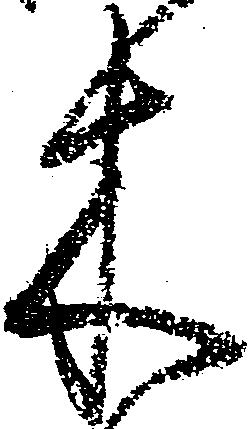
木